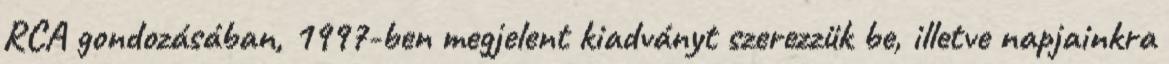
RCA gondozásában, 1997-ben megjelent kiadványt szerezzük be, illetve napjainkra